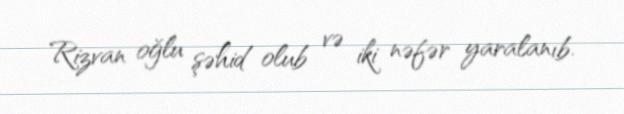
Rizvan oğlu şəhid olub və iki nəfər yaralanıb.